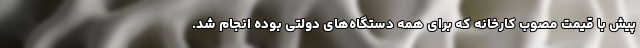
پیش با قیمت مصوب کارخانه که برای همه دستگاه‌های دولتی بوده انجام شد.